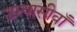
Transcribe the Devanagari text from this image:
उन्यासीवाँ